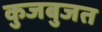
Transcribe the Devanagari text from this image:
कुजबुजत